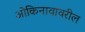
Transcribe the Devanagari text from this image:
ओकिनावावरील